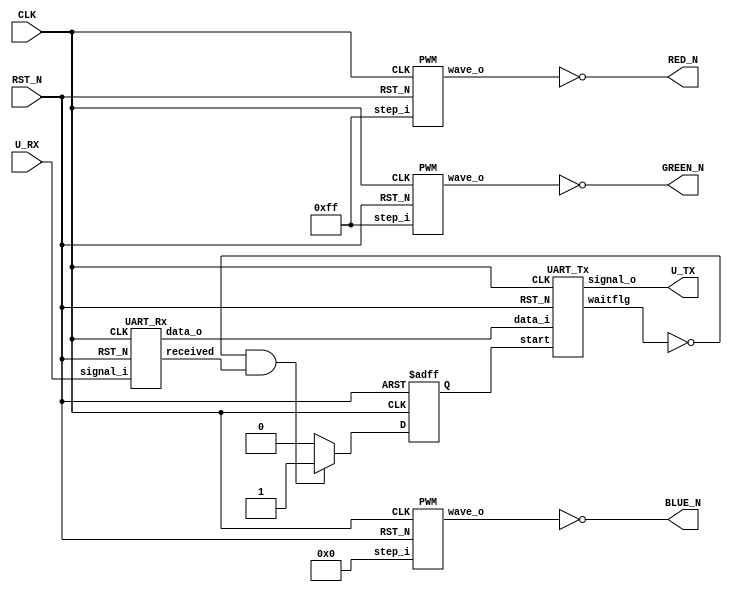
module top (
    CLK,
    RST_N,
    RED_N,
    GREEN_N,
    BLUE_N,

    U_TX,
    U_RX
);
    input CLK;
    input RST_N;
    output RED_N;
    output GREEN_N;
    output BLUE_N;

    output U_TX;
    input U_RX;

    wire R_o;
    wire G_o;
    wire B_o;
    reg start;
    wire waitflg;
    wire [7:0] rxtotx;
    wire recvd;

    PWM R(
        .CLK(CLK),
        .RST_N(RST_N),
        .step_i(8'hff),
        .wave_o(R_o)
    );

    PWM G(
        .CLK(CLK),
        .RST_N(RST_N),
        .step_i(8'hff),
        .wave_o(G_o)
    );

    PWM B(
        .CLK(CLK),
        .RST_N(RST_N),
        .step_i(8'h00),
        .wave_o(B_o)
    );

    UART_Tx ut(
        .CLK(CLK),
        .RST_N(RST_N),
        .data_i(rxtotx),
        .signal_o(U_TX),
        .start(start),
        .waitflg(waitflg)
    );

    UART_Rx rt(
        .CLK(CLK),
        .RST_N(RST_N),
        .signal_i(U_RX),
        .data_o(rxtotx),
        .received(recvd)
    );

    always @(posedge CLK or negedge RST_N) begin
        if (~RST_N) begin
            start <= 1'b0;
        end else if (~waitflg & recvd) begin
            start <= 1'b1;
        end else begin
            start <= 1'b0;
        end
    end

    assign RED_N = ~R_o;
    assign GREEN_N = ~G_o;
    assign BLUE_N = ~B_o;
endmodule

module PWM (
    CLK,
    RST_N,
    step_i,
    wave_o
);
    input CLK;
    input RST_N;
    input [7:0] step_i;
    output wave_o;

    reg [7:0] step;
    reg [7:0] counter;

    always @(posedge CLK or negedge RST_N) begin
        if (~RST_N) begin
            step <= 0;
        end else begin
            step <= step_i;
        end
    end

    assign wave_o = (counter < step) ? 1'b1 : 1'b0;
endmodule

module UART_Tx (
    CLK,
    RST_N,

    data_i,
    signal_o,

    start,
    waitflg
);
    input CLK;
    input RST_N;

    input [7:0] data_i;
    output signal_o;

    input start;
    output waitflg;

    reg state;
    reg [12:0] counter;
    reg [3:0] bits;
    reg waitflg_r;
    reg [9:0] shiftreg;
    wire en;

    parameter IDLE = 1'b0;
    parameter SEND = 1'b1;
    parameter boudrate = 2604; // 9600bps @ 25MHz Clock

    always @(posedge CLK or negedge RST_N) begin
        if (~RST_N) begin
            state <= IDLE;
        end else if (start) begin
            state <= SEND;
        end else if (bits > 0 && (bits < 10 || bits == 10)) begin
            state <= SEND;
        end else begin
            state <= IDLE;
        end
    end

    always @(posedge CLK or negedge RST_N) begin
        if (~RST_N) begin
            counter <= 0;
        end else if (state == SEND) begin
            if (counter == boudrate) begin
                counter <= 0;
            end else begin
                counter <= counter + 1;
            end
        end
    end

    always @(posedge CLK or negedge RST_N) begin
        if (~RST_N) begin
            bits <= 0;
        end else if (start) begin
            bits <= 1;
        end else if (state == SEND) begin
            if (en) begin
                if (bits == 10) begin
                    bits <= 0;
                end else begin
                    bits <= bits + 1;
                end
            end else begin
                ;
            end
        end else begin
            bits <= 0;
        end

    end

    always @(posedge CLK or negedge RST_N) begin
        if (~RST_N) begin
            waitflg_r <= 1'b0;
        end else if (state == SEND) begin
            waitflg_r <= 1'b1;
        end else if (state == IDLE) begin
            waitflg_r <= 1'b0;
        end else begin
            waitflg_r <= 1'b0;
        end
    end

    always @(posedge CLK or negedge RST_N) begin
        if (~RST_N) begin
            shiftreg <= 10'h3ff;
        end else if (start) begin
            shiftreg <= {1'b1, data_i, 1'b0};
        end else if (en && state == SEND) begin
            shiftreg <= {1'b1, shiftreg[9:1]};
        end else if (state == SEND) begin
            ;
        end else begin
            shiftreg <= 10'h3ff;
        end
    end

    assign en = (counter == boudrate) ? 1'b1 : 1'b0;
    assign waitflg = waitflg_r;
    assign signal_o = shiftreg[0];
endmodule

module UART_Rx (
    CLK,
    RST_N,

    signal_i,
    data_o,

    received
);
    input CLK;
    input RST_N;

    input signal_i;
    output [7:0] data_o;

    output received;

    reg [1:0] state;
    reg [12:0] counter;
    reg [12:0] fetch_counter;
    reg fetch_counter2;
    reg [3:0] bits;
    reg [9:0] shiftreg;
    reg prevsig;
    wire en;
    wire fetch_en;

    parameter IDLE = 2'b00;
    parameter RECEIVE = 2'b01;
    parameter DONE = 2'b10;
    parameter boudrate = 2604; // 9600bps @ 25MHz Clock

    always @(posedge CLK or negedge RST_N) begin
        if (~RST_N) begin
            state <= IDLE;
        end else if (state == IDLE && ~signal_i && prevsig) begin
            state <= RECEIVE;
        end else if (bits == 10) begin
            state <= DONE;
        end else if (state == DONE) begin
            state <= IDLE;
        end
    end

    always @(posedge CLK or negedge RST_N) begin
        if (~RST_N) begin
            counter <= 0;
        end else if (state == RECEIVE) begin
            if (counter == boudrate) begin
                counter <= 0;
            end else begin
                counter <= counter + 1;
            end
        end else begin
            counter <= 0;
        end
    end

    always @(posedge CLK or negedge RST_N) begin
        if (~RST_N) begin
            fetch_counter <= boudrate >> 1;
        end else if (state == RECEIVE) begin
            if (fetch_counter != 0) begin
                fetch_counter <= fetch_counter - 1;
            end else begin
                fetch_counter <= boudrate >> 1;
            end
        end else begin
            fetch_counter <= boudrate >> 1;
        end
    end

    always @(posedge CLK or negedge RST_N) begin
        if (~RST_N) begin
            fetch_counter2 <= 0;
        end else if (state == RECEIVE) begin
            if (fetch_counter == 0) begin
                fetch_counter2 <= fetch_counter2 + 1;
            end
        end else begin
            fetch_counter2 <= 0;
        end
    end

    always @(posedge CLK or negedge RST_N) begin
        if (~RST_N) begin
            bits <= 0;
        end else if (fetch_en) begin
            bits <= bits + 1;
        end else if (bits == 10) begin
            bits <= 0;
        end
    end

    always @(posedge CLK or negedge RST_N) begin
        if (~RST_N) begin
            shiftreg <= 10'h3ff;
        end else if (fetch_en) begin
            shiftreg <= {signal_i, shiftreg[9:1]};
        end else begin
            ;
        end
    end

    always @(posedge CLK or negedge RST_N) begin
        if (~RST_N) begin
            prevsig <= 1'b1;
        end else begin
            prevsig <= signal_i;
        end
    end

    assign en = (counter == boudrate) ? 1'b1 : 1'b0;
    assign fetch_en = ((fetch_counter == boudrate >> 1) & (fetch_counter2 == 1)) ? 1'b1 : 1'b0;
    assign data_o = shiftreg[8:1];
    assign received = (state == DONE) ? 1'b1 : 1'b0;
endmodule